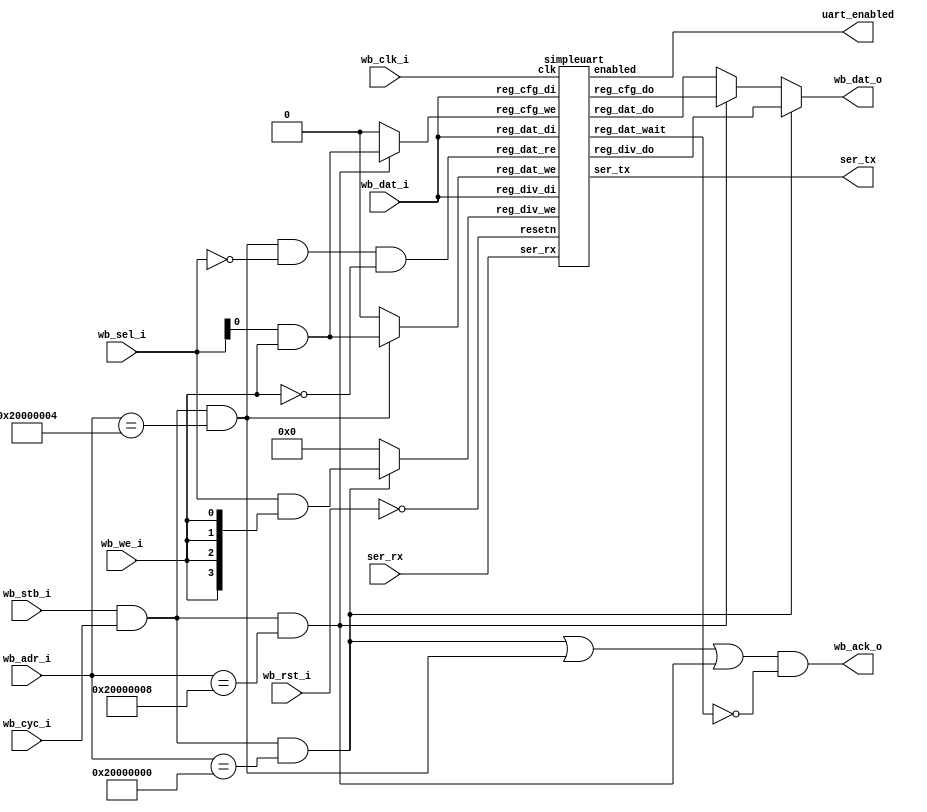
/*
 *  PicoSoC - A simple example SoC using PicoRV32
 *
 *  Copyright (C) 2017  Clifford Wolf <clifford@clifford.at>
 *
 *  Permission to use, copy, modify, and/or distribute this software for any
 *  purpose with or without fee is hereby granted, provided that the above
 *  copyright notice and this permission notice appear in all copies.
 *
 *  THE SOFTWARE IS PROVIDED "AS IS" AND THE AUTHOR DISCLAIMS ALL WARRANTIES
 *  WITH REGARD TO THIS SOFTWARE INCLUDING ALL IMPLIED WARRANTIES OF
 *  MERCHANTABILITY AND FITNESS. IN NO EVENT SHALL THE AUTHOR BE LIABLE FOR
 *  ANY SPECIAL, DIRECT, INDIRECT, OR CONSEQUENTIAL DAMAGES OR ANY DAMAGES
 *  WHATSOEVER RESULTING FROM LOSS OF USE, DATA OR PROFITS, WHETHER IN AN
 *  ACTION OF CONTRACT, NEGLIGENCE OR OTHER TORTIOUS ACTION, ARISING OUT OF
 *  OR IN CONNECTION WITH THE USE OR PERFORMANCE OF THIS SOFTWARE.
 *
 */

module simpleuart_wb # (
    parameter BASE_ADR = 32'h 2000_0000,
    parameter CLK_DIV = 8'h00,
    parameter DATA = 8'h04,
    parameter CONFIG = 8'h08
) (
    input wb_clk_i,
    input wb_rst_i,

    input [31:0] wb_adr_i,      // (verify): input address was originaly 22 bits , why ? (max number of words ?)
    input [31:0] wb_dat_i,
    input [3:0]  wb_sel_i,
    input wb_we_i,
    input wb_cyc_i,
    input wb_stb_i,

    output wb_ack_o,
    output [31:0] wb_dat_o,

    output uart_enabled,
    output ser_tx,
    input  ser_rx

);
    wire [31:0] simpleuart_reg_div_do;
    wire [31:0] simpleuart_reg_dat_do;
    wire [31:0] simpleuart_reg_cfg_do;

    wire resetn = ~wb_rst_i;
    wire valid = wb_stb_i && wb_cyc_i; 
    wire simpleuart_reg_div_sel = valid && (wb_adr_i == (BASE_ADR | CLK_DIV));
    wire simpleuart_reg_dat_sel = valid && (wb_adr_i == (BASE_ADR | DATA));
    wire simpleuart_reg_cfg_sel = valid && (wb_adr_i == (BASE_ADR | CONFIG));

    wire [3:0] reg_div_we = simpleuart_reg_div_sel ? (wb_sel_i & {4{wb_we_i}}): 4'b 0000; 
    wire reg_dat_we = simpleuart_reg_dat_sel ? (wb_sel_i[0] & wb_we_i): 1'b 0;      // simpleuart_reg_dat_sel ? mem_wstrb[0] : 1'b 0
    wire reg_cfg_we = simpleuart_reg_cfg_sel ? (wb_sel_i[0] & wb_we_i): 1'b 0; 

    wire [31:0] mem_wdata = wb_dat_i;
    wire reg_dat_re = simpleuart_reg_dat_sel && !wb_sel_i && ~wb_we_i; // read_enable

    wire reg_dat_wait;

    assign wb_dat_o = simpleuart_reg_div_sel ? simpleuart_reg_div_do:
		      simpleuart_reg_cfg_sel ? simpleuart_reg_cfg_do:
					       simpleuart_reg_dat_do;
    assign wb_ack_o = (simpleuart_reg_div_sel || simpleuart_reg_dat_sel
			|| simpleuart_reg_cfg_sel) && (!reg_dat_wait);
    
    simpleuart simpleuart (
        .clk    (wb_clk_i),
        .resetn (resetn),

        .ser_tx      (ser_tx),
        .ser_rx      (ser_rx),
	.enabled     (uart_enabled),

        .reg_div_we  (reg_div_we), 
        .reg_div_di  (mem_wdata),
        .reg_div_do  (simpleuart_reg_div_do),

        .reg_cfg_we  (reg_cfg_we), 
        .reg_cfg_di  (mem_wdata),
        .reg_cfg_do  (simpleuart_reg_cfg_do),

        .reg_dat_we  (reg_dat_we),
        .reg_dat_re  (reg_dat_re),
        .reg_dat_di  (mem_wdata),
        .reg_dat_do  (simpleuart_reg_dat_do),
        .reg_dat_wait(reg_dat_wait)
    );

endmodule

module simpleuart (
    input clk,
    input resetn,

    output reg enabled,
    output ser_tx,
    input  ser_rx,

    input   [3:0] reg_div_we,         
    input  [31:0] reg_div_di,         
    output [31:0] reg_div_do,         

    input   	  reg_cfg_we,         
    input  [31:0] reg_cfg_di,         
    output [31:0] reg_cfg_do,         

    input         reg_dat_we,         
    input         reg_dat_re,         
    input  [31:0] reg_dat_di,
    output [31:0] reg_dat_do,
    output        reg_dat_wait
);
    reg [31:0] cfg_divider;

    reg [3:0] recv_state;
    reg [31:0] recv_divcnt;
    reg [7:0] recv_pattern;
    reg [7:0] recv_buf_data;
    reg recv_buf_valid;

    reg [9:0] send_pattern;
    reg [3:0] send_bitcnt;
    reg [31:0] send_divcnt;
    reg send_dummy;

    assign reg_div_do = cfg_divider;
    assign reg_ena_do = {31'd0, enabled};

    assign reg_dat_wait = reg_dat_we && (send_bitcnt || send_dummy);
    assign reg_dat_do = recv_buf_valid ? recv_buf_data : ~0;

    always @(posedge clk) begin
        if (!resetn) begin
            cfg_divider <= 1;
	    enabled <= 1'b0;
        end else begin
            if (reg_div_we[0]) cfg_divider[ 7: 0] <= reg_div_di[ 7: 0];
            if (reg_div_we[1]) cfg_divider[15: 8] <= reg_div_di[15: 8];
            if (reg_div_we[2]) cfg_divider[23:16] <= reg_div_di[23:16];
            if (reg_div_we[3]) cfg_divider[31:24] <= reg_div_di[31:24];
            if (reg_cfg_we) enabled <= reg_div_di[0];
        end
    end

    always @(posedge clk) begin
        if (!resetn) begin
            recv_state <= 0;
            recv_divcnt <= 0;
            recv_pattern <= 0;
            recv_buf_data <= 0;
            recv_buf_valid <= 0;
        end else begin
            recv_divcnt <= recv_divcnt + 1;
            if (reg_dat_re)
                recv_buf_valid <= 0;
            case (recv_state)
                0: begin
                    if (!ser_rx && enabled)
                        recv_state <= 1;
                    recv_divcnt <= 0;
                end
                1: begin
                    if (2*recv_divcnt > cfg_divider) begin
                        recv_state <= 2;
                        recv_divcnt <= 0;
                    end
                end
                10: begin
                    if (recv_divcnt > cfg_divider) begin
                        recv_buf_data <= recv_pattern;
                        recv_buf_valid <= 1;
                        recv_state <= 0;
                    end
                end
                default: begin
                    if (recv_divcnt > cfg_divider) begin
                        recv_pattern <= {ser_rx, recv_pattern[7:1]};
                        recv_state <= recv_state + 1;
                        recv_divcnt <= 0;
                    end
                end
            endcase
        end
    end

    assign ser_tx = send_pattern[0];

    always @(posedge clk) begin
        if (reg_div_we && enabled)
            send_dummy <= 1;
        send_divcnt <= send_divcnt + 1;
        if (!resetn) begin
            send_pattern <= ~0;
            send_bitcnt <= 0;
            send_divcnt <= 0;
            send_dummy <= 1;
        end else begin
            if (send_dummy && !send_bitcnt) begin
                send_pattern <= ~0;
                send_bitcnt <= 15;
                send_divcnt <= 0;
                send_dummy <= 0;
            end else
            if (reg_dat_we && !send_bitcnt) begin
                send_pattern <= {1'b1, reg_dat_di[7:0], 1'b0};
                send_bitcnt <= 10;
                send_divcnt <= 0;
            end else
            if (send_divcnt > cfg_divider && send_bitcnt) begin
                send_pattern <= {1'b1, send_pattern[9:1]};
                send_bitcnt <= send_bitcnt - 1;
                send_divcnt <= 0;
            end
        end
    end
endmodule